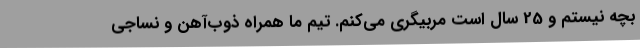
بچه نیستم و 25 سال است مربیگری می‌کنم. تیم ما همراه ذوب‌آهن و نساجی